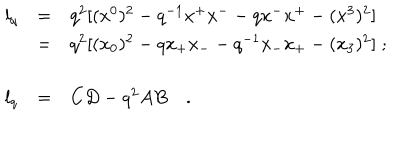
LaTeX: \begin{array} { l l l } { { l _ { q } } } & { { = } } & { { q ^ { 2 } [ ( x ^ { 0 } ) ^ { 2 } - q ^ { - 1 } x ^ { + } x ^ { - } - q x ^ { - } x ^ { + } - ( x ^ { 3 } ) ^ { 2 } ] } } \\ { { \, } } & { { = } } & { { q ^ { 2 } [ ( x _ { 0 } ) ^ { 2 } - q x _ { + } x _ { - } - q ^ { - 1 } x _ { - } x _ { + } - ( x _ { 3 } ) ^ { 2 } ] \; ; } } \\ { { \, } } & { { \, } } & { { \, } } \\ { { l _ { q } } } & { { = } } & { { C D - q ^ { 2 } A B \quad . } } \\ \end{array}